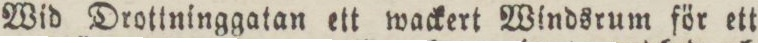
Wid Drottninggatan ett wackert Windsrum för ett